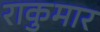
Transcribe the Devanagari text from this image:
राकुमार